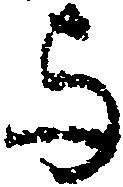
与